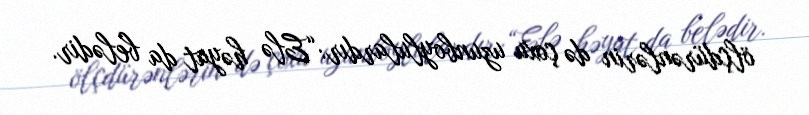
ölçdürənlərin də çoxu uzunboylulardır:“Elə həyat da belədir.